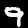
Digit: 9